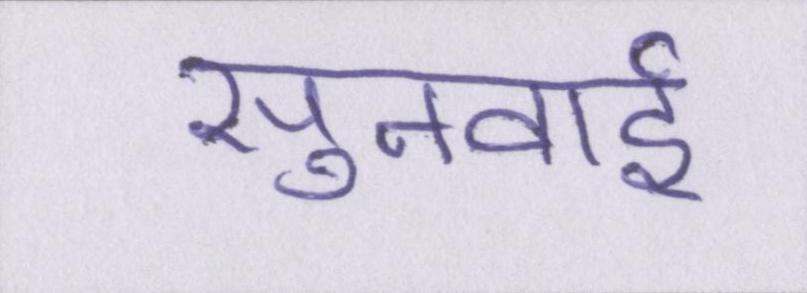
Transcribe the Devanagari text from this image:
सुनवाई